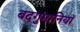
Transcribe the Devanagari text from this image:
बदगुमानियाॅ